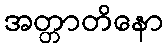
အတ္တာတိနော